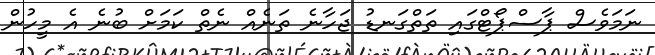
ނަމަވެސް ޕާސްޕޯޓްގައި ތަތްގަނޑު ޖަހާނެ ތަނެއް ނެތް ކަމަށް ބުނެ އެ މީހުން